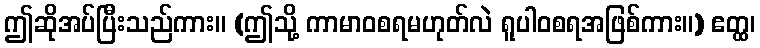
ဤဆိုအပ်ပြီးသည်ကား။ (ဤသို့ ကာမာဝစရမဟုတ်လဲ ရူပါဝစရအဖြစ်ကား။) ဧတ္ထ၊